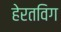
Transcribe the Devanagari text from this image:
हेरतविग